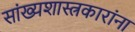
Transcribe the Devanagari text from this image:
सांख्यशास्त्रकारांना